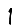
Digit: 1